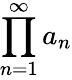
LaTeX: \prod_{n=1}^{\infty}a_{n}